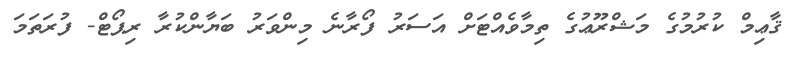
ޤާޢިމް ކުރުމުގެ މަޝްރޫޢުގެ ތިމާވެއްޓަށް އަސަރު ފޯރާނެ މިންވަރު ބަޔާންކުރާ ރިޕޯޓް- ފުރަތަމަ